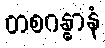
တစဂန္ဓာနံ